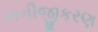
ખનીજીકરણ